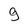
Character: g